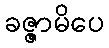
ခဇ္ဇာမိပေ